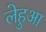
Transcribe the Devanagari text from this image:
लेहुआ